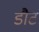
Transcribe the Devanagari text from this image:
डौट